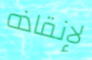
لإنقاذه